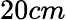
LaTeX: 20cm